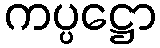
ကပ္ပဋ္ဌော